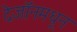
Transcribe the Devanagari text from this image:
देजॉनमधून